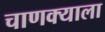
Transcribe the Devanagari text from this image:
चाणक्याला